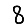
Digit: 8